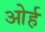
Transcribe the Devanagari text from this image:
ओर्ह